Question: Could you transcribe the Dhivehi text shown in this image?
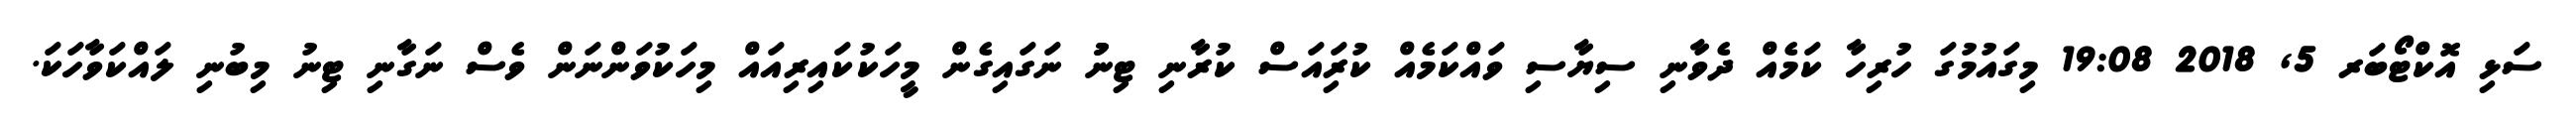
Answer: ސަޅި އޮކްޓޯބަރ 5, 2018 19:08 މިގައުމުގަ ހުރިހާ ކަމެއް ދެވާނި ސިޔާސި ވައްކަމެއް ކުރިައަސް ކުރާނި ޓިނުު ނަގައިގެން މީހަކުކައިރިއައް މިހަކުވަންނަން ވެސް ނަގާނި ޓިނު މިބުނި ލައްކަވާހަކަ.